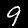
Label: 9